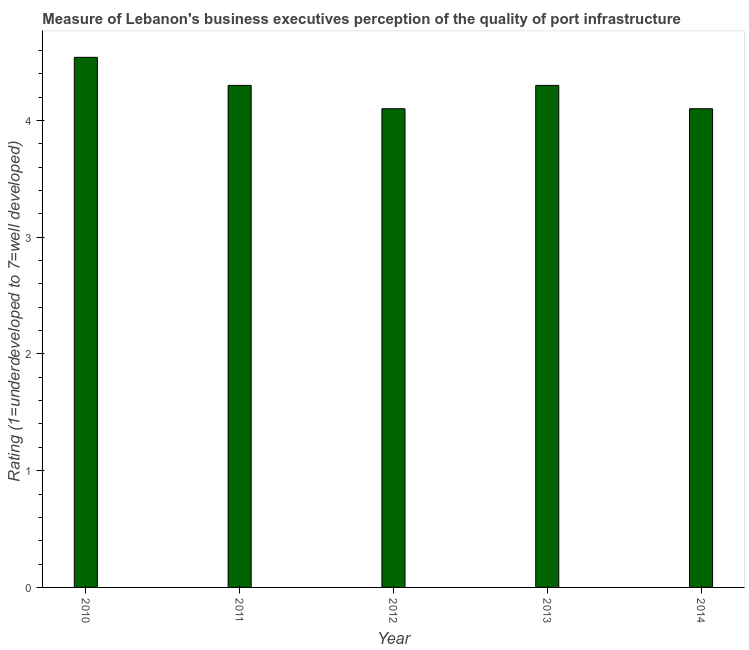
| Year | Quality of port infrastructure |
 | --- | --- |
 | 2010 | 4.54 |
 | 2011 | 4.3 |
 | 2012 | 4.1 |
 | 2013 | 4.3 |
 | 2014 | 4.1 |